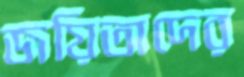
জয়িতাদের